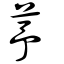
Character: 芧